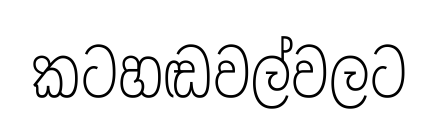
කටහඬවල්වලට